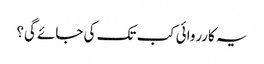
یہ کارروائی کب تک کی جائے گی؟